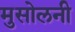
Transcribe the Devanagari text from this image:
मुसोलनी